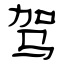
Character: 驾